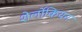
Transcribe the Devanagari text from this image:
शेर्लोकियन